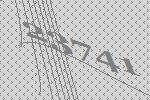
23741